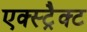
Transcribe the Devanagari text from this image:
एक्स्ट्रैक्ट